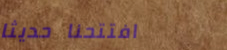
افتتحنا حديثاً